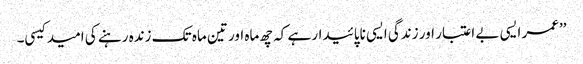
’’عمر ایسی بے اعتبار اور زندگی ایسی ناپائیدار ہے کہ چھ ماہ اور تین ماہ تک زندہ رہنے کی امید کیسی۔